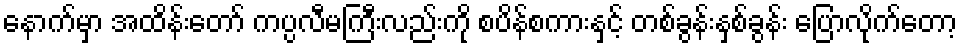
နောက်မှာ အထိန်းတော် ကပ္ပလီမကြီးလည်းကို စပိန်စကားနှင့် တစ်ခွန်းနှစ်ခွန်း ပြောလိုက်တော့